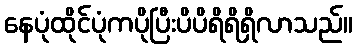
နေပုံထိုင်ပုံကပိုပြီးပိပိရိရိရှိလာသည်။